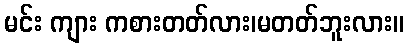
မင်း ကျား ကစားတတ်လား၊မတတ်ဘူးလား။